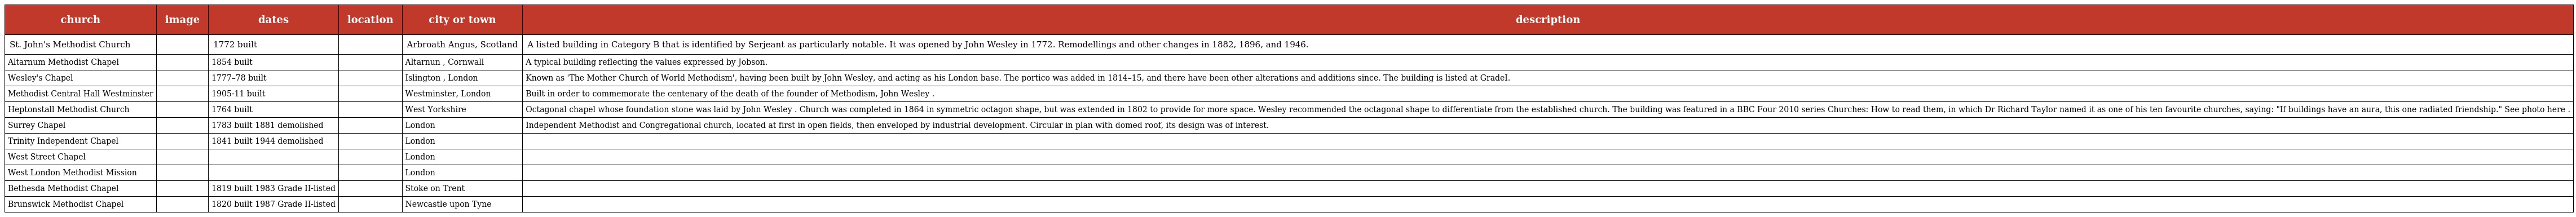
| church | image | dates | location | city or town | description |
 | --- | --- | --- | --- | --- | --- |
 | St. John's Methodist Church |  | 1772 built |  | Arbroath Angus, Scotland | A listed building in Category B that is identified by Serjeant as particularly notable. It was opened by John Wesley in 1772. Remodellings and other changes in 1882, 1896, and 1946. |
 | Altarnum Methodist Chapel |  | 1854 built |  | Altarnun , Cornwall | A typical building reflecting the values expressed by Jobson. |
 | Wesley's Chapel |  | 1777–78 built |  | Islington , London | Known as 'The Mother Church of World Methodism', having been built by John Wesley, and acting as his London base. The portico was added in 1814–15, and there have been other alterations and additions since. The building is listed at GradeI. |
 | Methodist Central Hall Westminster |  | 1905-11 built |  | Westminster, London | Built in order to commemorate the centenary of the death of the founder of Methodism, John Wesley . |
 | Heptonstall Methodist Church |  | 1764 built |  | West Yorkshire | Octagonal chapel whose foundation stone was laid by John Wesley . Church was completed in 1864 in symmetric octagon shape, but was extended in 1802 to provide for more space. Wesley recommended the octagonal shape to differentiate from the established church. The building was featured in a BBC Four 2010 series Churches: How to read them, in which Dr Richard Taylor named it as one of his ten favourite churches, saying: "If buildings have an aura, this one radiated friendship." See photo here . |
 | Surrey Chapel |  | 1783 built 1881 demolished |  | London | Independent Methodist and Congregational church, located at first in open fields, then enveloped by industrial development. Circular in plan with domed roof, its design was of interest. |
 | Trinity Independent Chapel |  | 1841 built 1944 demolished |  | London |  |
 | West Street Chapel |  |  |  | London |  |
 | West London Methodist Mission |  |  |  | London |  |
 | Bethesda Methodist Chapel |  | 1819 built 1983 Grade II-listed |  | Stoke on Trent |  |
 | Brunswick Methodist Chapel |  | 1820 built 1987 Grade II-listed |  | Newcastle upon Tyne |  |